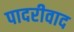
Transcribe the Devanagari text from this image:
पादरीवाद